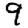
Digit: 9